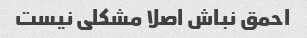
احمق نباش اصلا مشکلی نیست